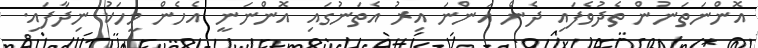
އޮންނަތަނުން ތެދުވެފައި ދެން އަންނަ އިރު އެތަނުގައި އޮންނަނީ އެހެން މީހަކު ނިދާފައި.